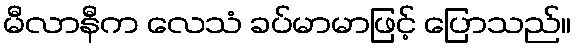
မီလာနီက လေသံ ခပ်မာမာဖြင့် ပြောသည်။